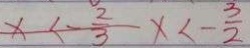
x < - \frac { 2 } { 3 } x < - \frac { 3 } { 2 }